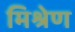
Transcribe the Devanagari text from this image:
मिश्रेण